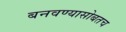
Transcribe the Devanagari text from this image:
बनवण्यासोबतच